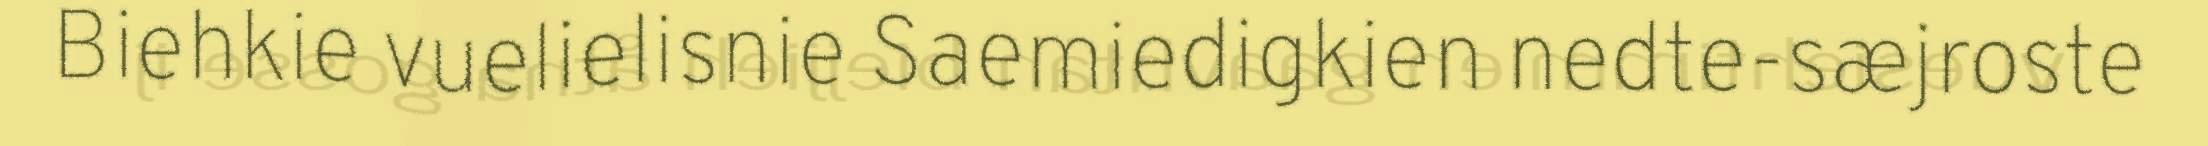
Biehkie vuelielisnie Saemiedigkien nedte-sæjroste